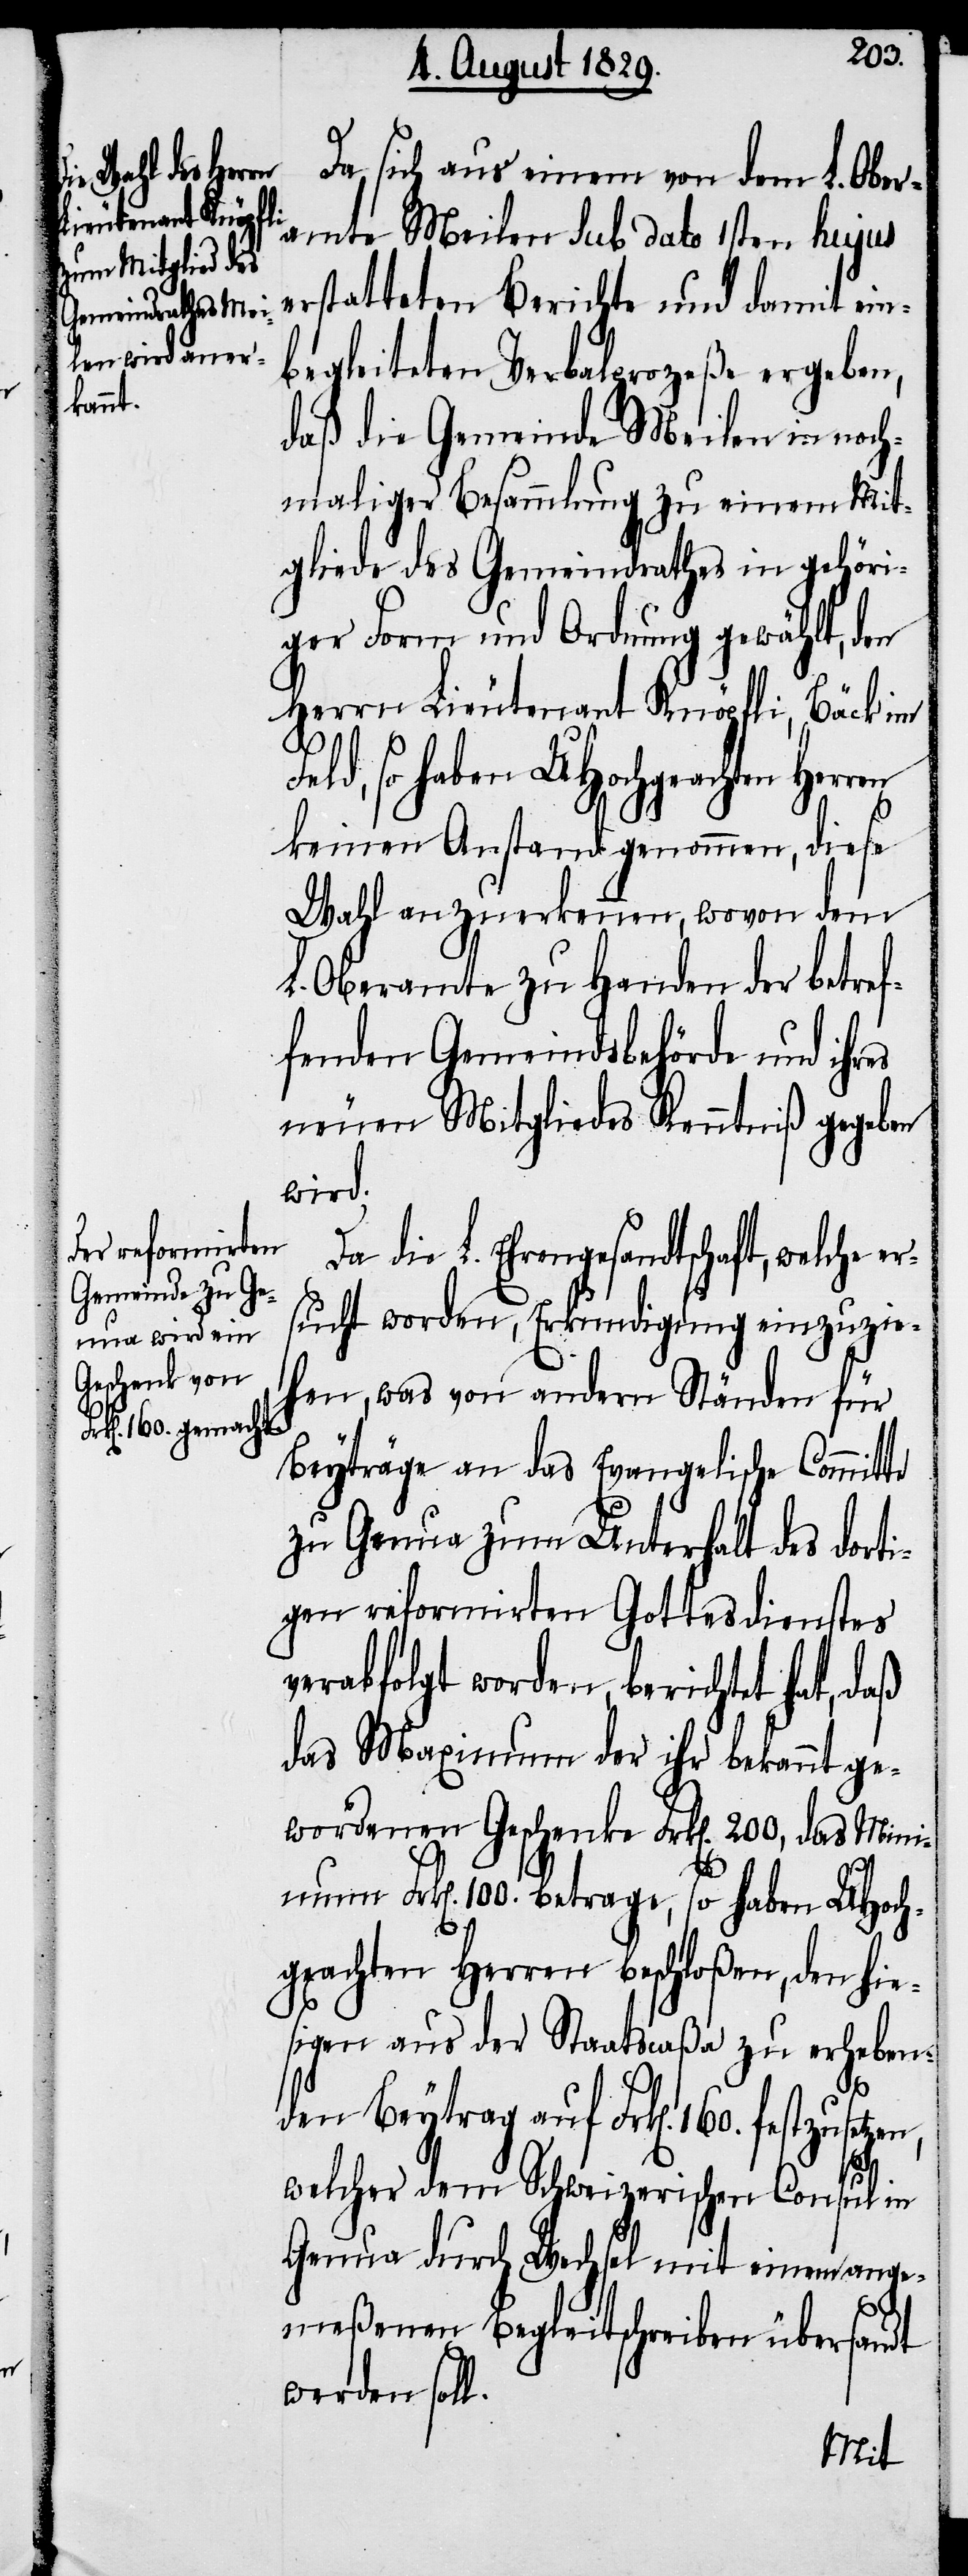
welche er¬
Da sich aus einem von dem L. Ober¬
Ehrengesandtschaft,
amte Meilen sub dato 1sten hujus
festzusetzen,
erstatteten Berichte und damit ein¬
begleiteten Verbalprozeße ergeben,
daß die Gemeinde Meilen in noch¬
maliger Besammlung zu einem Mit¬
gliede des Gemeindrathes in gehöri¬
ger Form und Ordnung gewählt, den
Herrn Lieutenant Knöpfli, Bäck im
so haben UHochgeachten
keinen Anstand genommen, diese
Wahl anzuerkennen, wovon dem
L. Oberamte zu Handen der betref¬
fenden Gemeindsbehörden und ihres
neuen Mitgliedes Kenntniß gegeben
wird.
sucht worden, Erkundigungen einzuzie¬
hen, was von andern Ständen für
Beyträge an das Evangelische Committe
zu Genua zum Unterhalt des dorti¬
gen reformirten Gottesdienstes
verabfolgt worden, berichtet hat, daß
das Maximum der ihr bekannt ge¬
wordenen Geschenke Frk[en]. 200, das Min¬
imum Frk[en]. 100. betrage, so haben UHoch¬
geachten Herren beschloßen, den hie¬
sigen aus der Staatscaßa zu erheben¬
160.
den Beytrag auf Frk[en].
welcher dem Schweizerischen Consul in
Genua durch Wechsel mit einem ange¬
meßenen Begleitschreiben übersandt
werden soll.